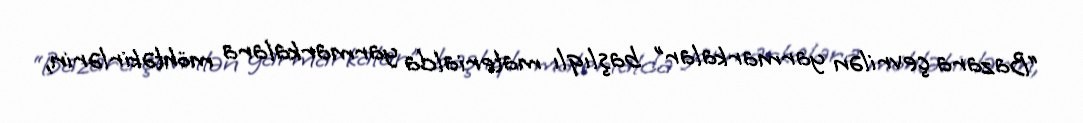
“Bazara çevrilən yarmarkalar” başlıqlı materialda yarmarkalara möhtəkirlərin,